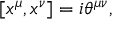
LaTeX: [ x ^ { \mu } , x ^ { \nu } ] = i \theta ^ { \mu \nu } ,